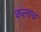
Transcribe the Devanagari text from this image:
कलाच